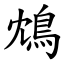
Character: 鴆